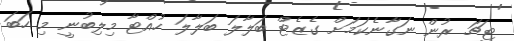
ޓީޗަ ރުން ނަގާނެކަމަށް ގެޒެޓް ބަލާލަ ބަލާލަ ހުއްޓާ މިލިބުނީ މި ހަބަ